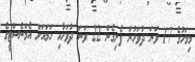
މިމަހުގެ 17 ވަނަ ދުވަހުން ފެށިގެން 22 ވަނަ ދުވަހާއި ހަމައަށް އެމްނެސްޓީގެ